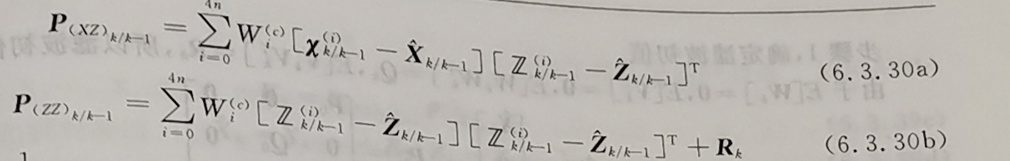
$\begin{gathered}
\boldsymbol{P}_{(X Z)_{k / k-1}}=\sum_{i=0}^{4 n} W_{i}^{(c)}\left[\boldsymbol{\chi}_{k / k-1}^{(i)}-\hat{\boldsymbol{X}}_{k / k-1}\right]\left[\boldsymbol{Z}_{k / k-1}^{(i)}-\hat{\boldsymbol{Z}}_{k / k-1}\right]^{\mathrm{T}} \quad(6.3 .30 \mathrm{a}) \\
\boldsymbol{P}_{(Z Z)_{k / k-1}}=\sum_{i=0}^{4 n} W_{i}^{(c)}\left[\boldsymbol{Z}_{k / k-1}^{(i)}-\hat{\boldsymbol{Z}}_{k / k-1}\right]\left[\boldsymbol{Z}_{k / k-1}^{(i)}-\hat{\boldsymbol{Z}}_{k / k-1}\right]^{\mathrm{T}}+\boldsymbol{R}_{k} \quad(6.3 .30 \mathrm{~b})
\end{gathered}$